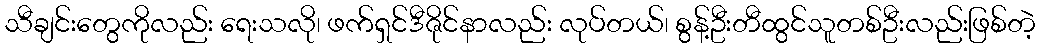
သီချင်းတွေကိုလည်း ရေးသလို၊ ဖက်ရှင်ဒီဇိုင်နာလည်း လုပ်တယ်၊ စွန့်ဦးတီထွင်သူတစ်ဦးလည်းဖြစ်တဲ့